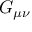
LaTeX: G _ { \mu \nu }